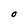
Character: O